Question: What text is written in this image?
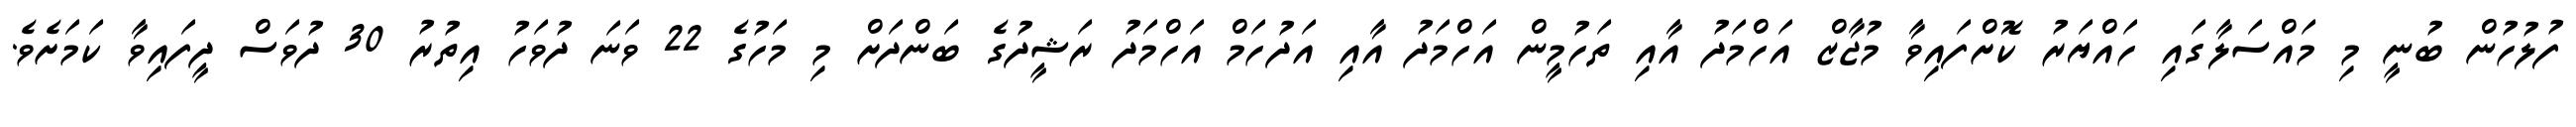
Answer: ފުލުހުން ބުނީ މި މައްސަލާގައި ހައްޔަރު ކޮށްފައިވާ މުޖާޒް އަހްމަދު އާއި ތަހުމީން އަހްމަދު އާއި އަދުހަމް އަހްމަދު ރަޝީދުގެ ބަންދަށް މި މަހުގެ 22 ވަނަ ދުވަހު އިތުރު 30 ދުވަސް ދީފައިވާ ކަމަށެވެ.